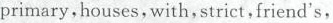
primary,houses,with, strict, friend's,